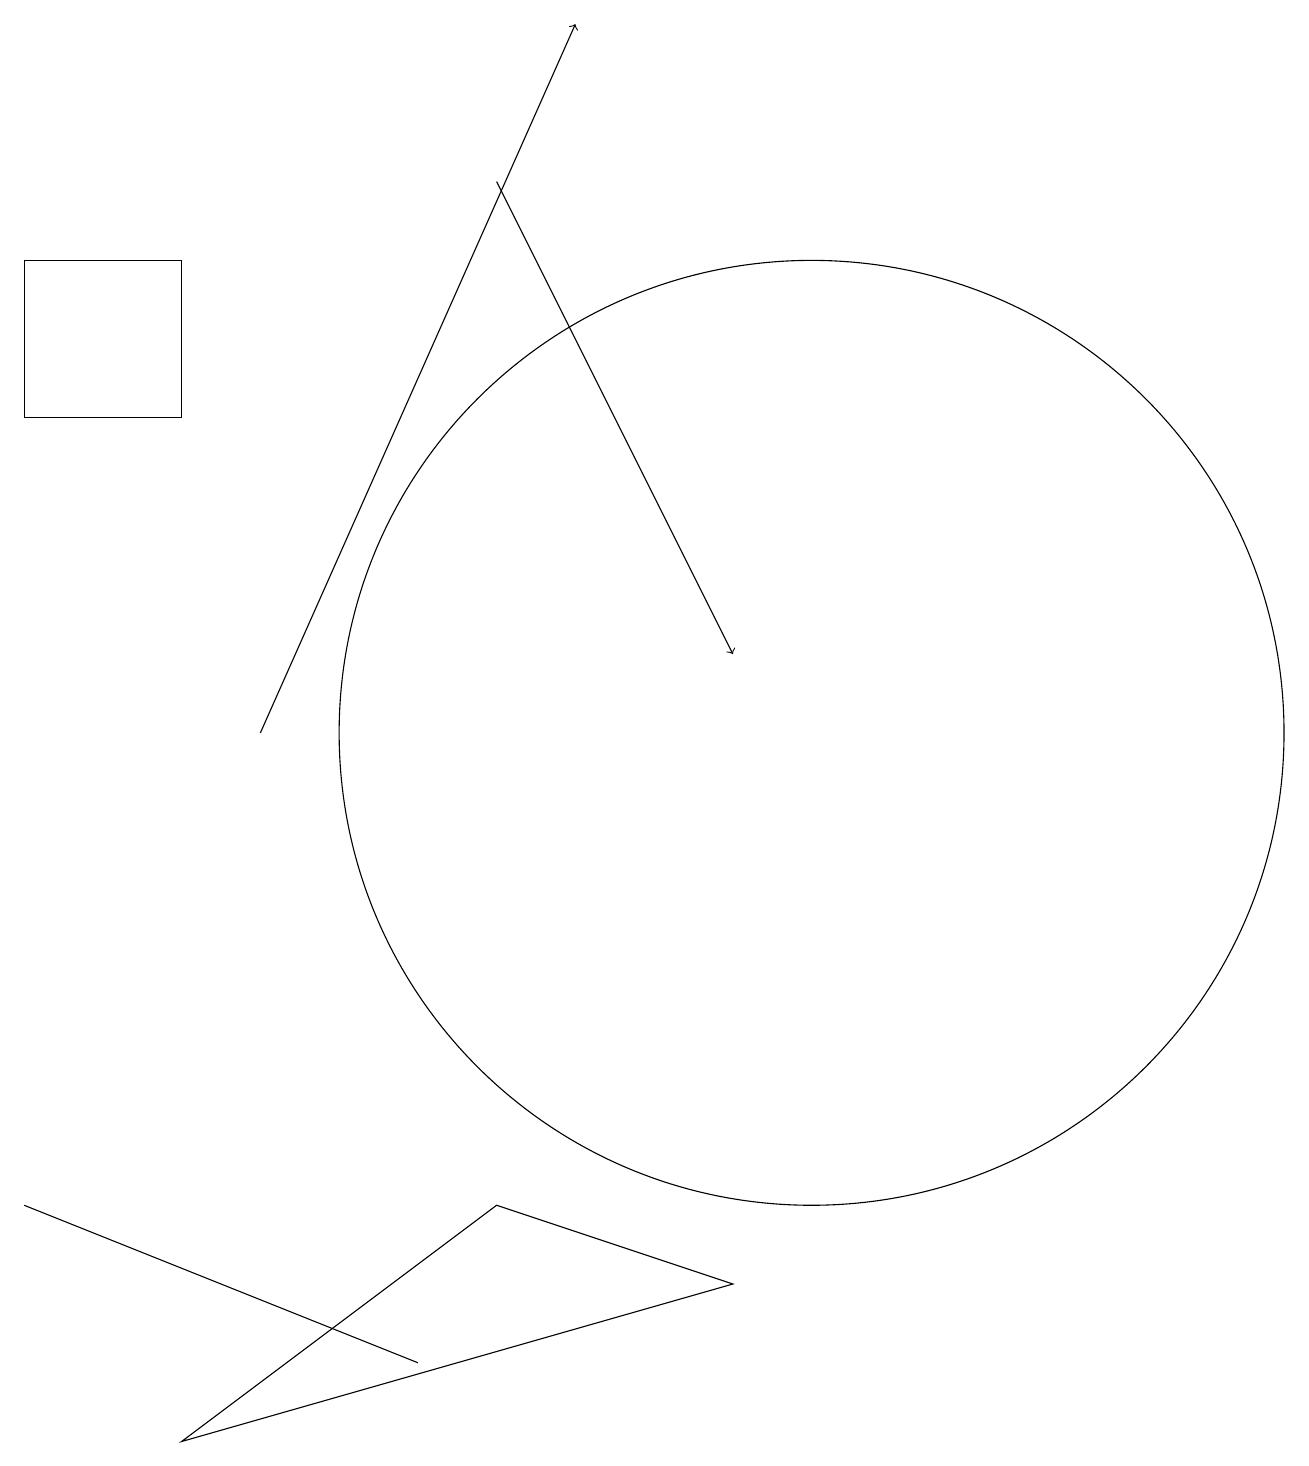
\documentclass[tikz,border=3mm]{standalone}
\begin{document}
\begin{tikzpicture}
\draw[->] (6,17) -- (9,11);
\draw (5,2) -- (0,4) -- (5,2) -- cycle;
\draw (2,1) -- (6,4) -- (9,3) -- cycle;
\draw (10,10) circle (6);
\draw[->] (3,10) -- (7,19);
\draw (0,16) rectangle (2,14);
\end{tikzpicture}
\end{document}